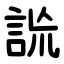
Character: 詤